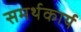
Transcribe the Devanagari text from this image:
समर्थकार्य